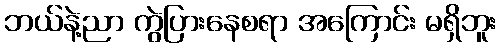
ဘယ်နဲ့ညာ ကွဲပြားနေစရာ အကြောင်း မရှိဘူး